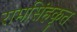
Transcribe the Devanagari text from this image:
रामसिंहकृत